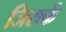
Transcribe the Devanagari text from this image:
जिसकें